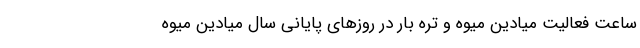
ساعت فعالیت میادین میوه و تره بار در روزهای پایانی سال میادین میوه